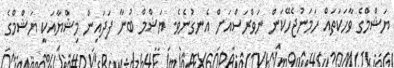
ޔަޝްމްގެ ވާހަކަތައް ހަމަނުޖެހޭކަން ނަވްރަސްއަށް އެނގުނެވެ. ޔަޝްމް ބުނާ ފަދައިން މިޝްޔާއަކީ ޔަޝްމްގެ